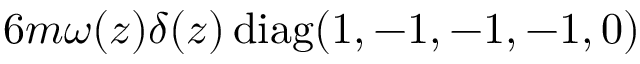
6 m \omega ( z ) \delta ( z ) \, \mathrm { d i a g } ( 1 , - 1 , - 1 , - 1 , 0 )